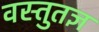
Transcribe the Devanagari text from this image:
वस्तुतज्ञ